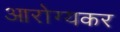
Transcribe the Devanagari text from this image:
आरोग्यकर